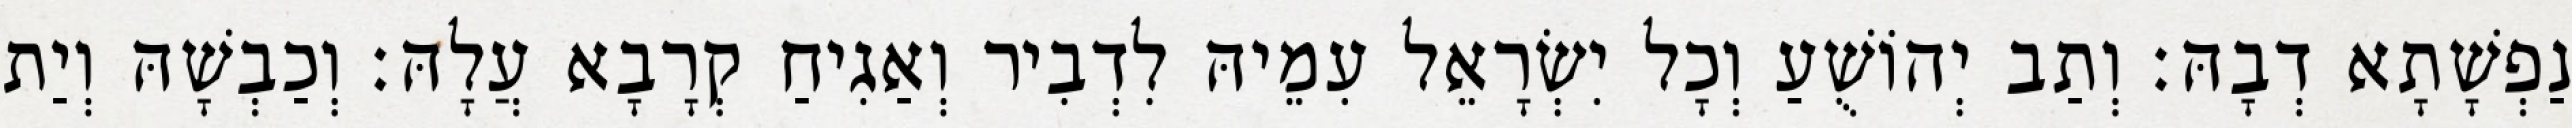
נַפְשָׁתָא דְבָהּ׃ וְתַב יְהוֹשֻׁעַ וְכָל יִשְׂרָאֵל עִמֵיהּ לִדְבִיר וְאַגִיחַ קְרָבָא עֲלָהּ׃ וְכַבְשָׁהּ וְיַת